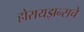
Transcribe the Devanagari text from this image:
होरायझन्सचे